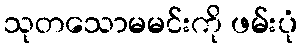
သုတသောမမင်းကို ဖမ်းပုံ